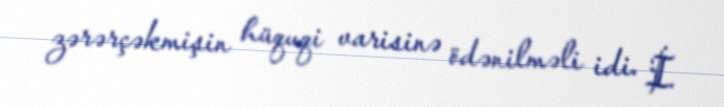
zərərçəkmişin hüquqi varisinə ödənilməli idi. İ.